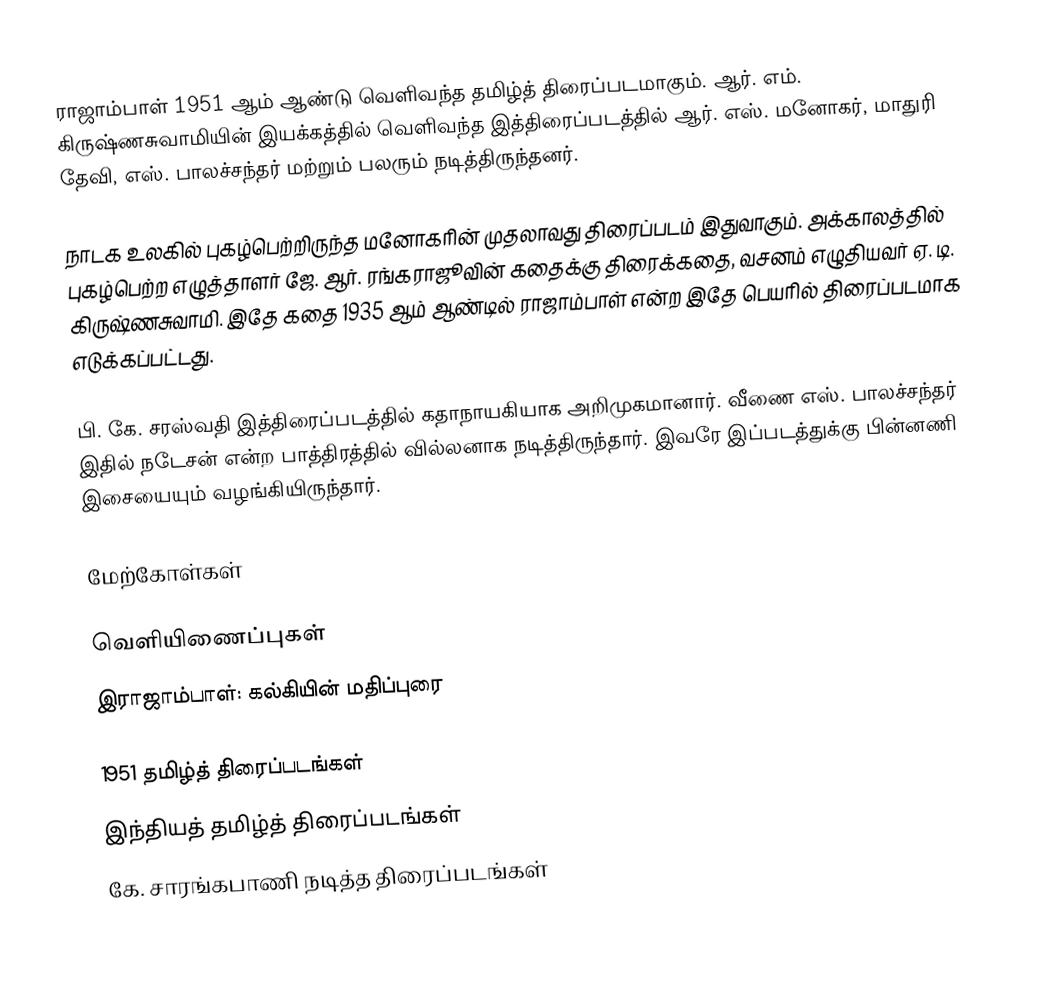
ராஜாம்பாள் 1951 ஆம் ஆண்டு வெளிவந்த தமிழ்த் திரைப்படமாகும். ஆர். எம். கிருஷ்ணசுவாமியின் இயக்கத்தில் வெளிவந்த இத்திரைப்படத்தில் ஆர். எஸ். மனோகர், மாதுரி தேவி, எஸ். பாலச்சந்தர் மற்றும் பலரும் நடித்திருந்தனர்.

நாடக உலகில் புகழ்பெற்றிருந்த மனோகரின் முதலாவது திரைப்படம் இதுவாகும். அக்காலத்தில் புகழ்பெற்ற எழுத்தாளர் ஜே. ஆர். ரங்கராஜூவின் கதைக்கு திரைக்கதை, வசனம் எழுதியவர் ஏ. டி. கிருஷ்ணசுவாமி. இதே கதை 1935 ஆம் ஆண்டில் ராஜாம்பாள் என்ற இதே பெயரில் திரைப்படமாக எடுக்கப்பட்டது.

பி. கே. சரஸ்வதி இத்திரைப்படத்தில் கதாநாயகியாக அறிமுகமானார். வீணை எஸ். பாலச்சந்தர் இதில் நடேசன் என்ற பாத்திரத்தில் வில்லனாக நடித்திருந்தார். இவரே இப்படத்துக்கு பின்னணி இசையையும் வழங்கியிருந்தார்.

மேற்கோள்கள்

வெளியிணைப்புகள்
இராஜாம்பாள்: கல்கியின் மதிப்புரை

1951 தமிழ்த் திரைப்படங்கள்
இந்தியத் தமிழ்த் திரைப்படங்கள்
கே. சாரங்கபாணி நடித்த திரைப்படங்கள்